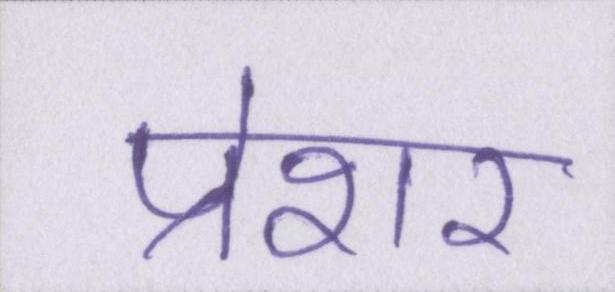
प्रेशर